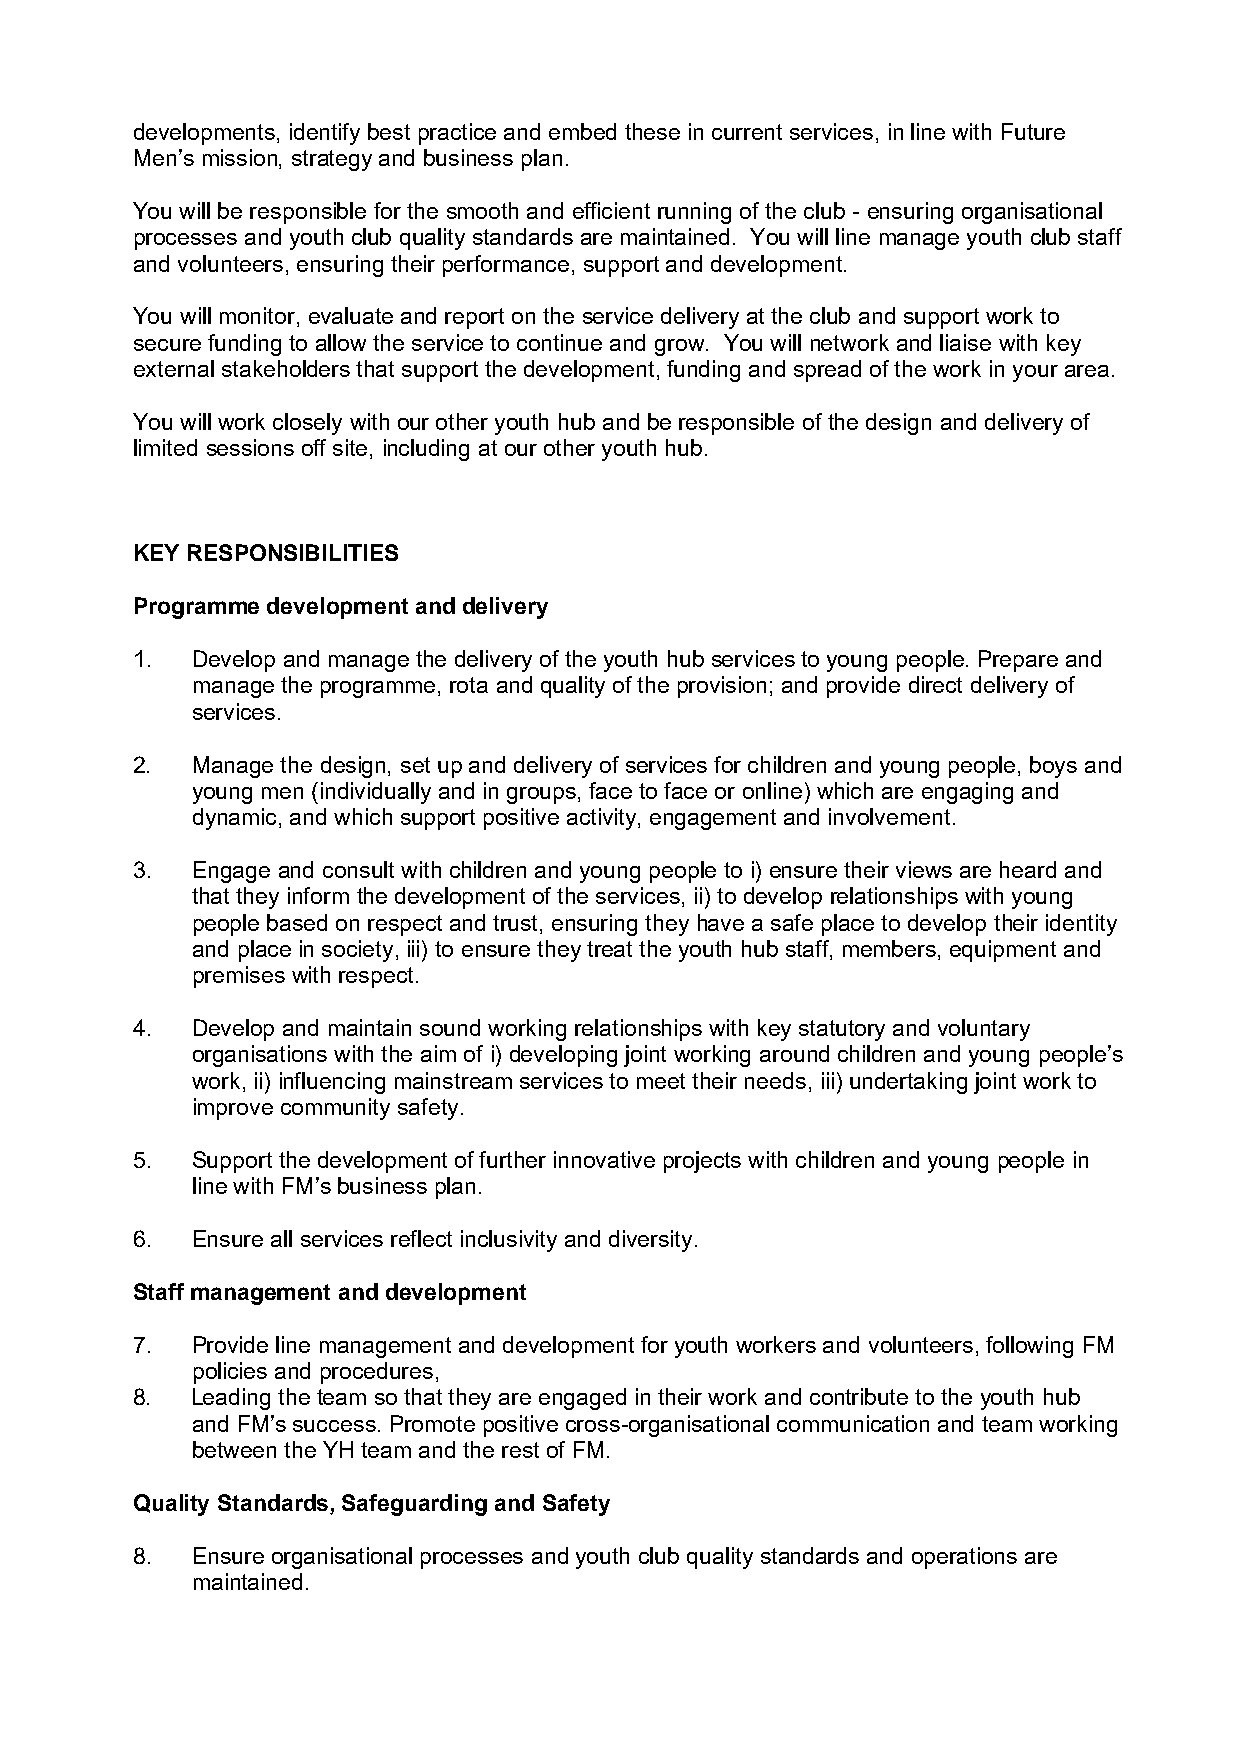
developments, identify best practice and embed these in current services, in line with Future
 Men’s mission, strategy and business plan.
 You will be responsible for the smooth and efficient running of the club - ensuring organisational
 processes and youth club quality standards are maintained. You will line manage youth club staff
 and volunteers, ensuring their performance, support and development.
 You will monitor, evaluate and report on the service delivery at the club and support work to
 secure funding to allow the service to continue and grow. You will network and liaise with key
 external stakeholders that support the development, funding and spread of the work in your area.
 You will work closely with our other youth hub and be responsible of the design and delivery of
 limited sessions off site, including at our other youth hub.
 KEY RESPONSIBILITIES
 Programme development and delivery
 1.  Develop and manage the delivery of the youth hub services to young people. Prepare and
 manage the programme, rota and quality of the provision; and provide direct delivery of
 services.
 2.  Manage the design, set up and delivery of services for children and young people, boys and
 young men (individually and in groups, face to face or online) which are engaging and
 dynamic, and which support positive activity, engagement and involvement.
 3.  Engage and consult with children and young people to i) ensure their views are heard and
 that they inform the development of the services, ii) to develop relationships with young
 people based on respect and trust, ensuring they have a safe place to develop their identity
 and place in society, iii) to ensure they treat the youth hub staff, members, equipment and
 premises with respect.
 4.  Develop and maintain sound working relationships with key statutory and voluntary
 organisations with the aim of i) developing joint working around children and young people’s
 work, ii) influencing mainstream services to meet their needs, iii) undertaking joint work to
 improve community safety.
 5.  Support the development of further innovative projects with children and young people in
 line with FM’s business plan.
 6.  Ensure all services reflect inclusivity and diversity.
 Staff management and development
 7.  Provide line management and development for youth workers and volunteers, following FM
 policies and procedures,
 8.  Leading the team so that they are engaged in their work and contribute to the youth hub
 and FM’s success. Promote positive cross-organisational communication and team working
 between the YH team and the rest of FM.
 Quality Standards, Safeguarding and Safety
 8.  Ensure organisational processes and youth club quality standards and operations are
 maintained.